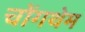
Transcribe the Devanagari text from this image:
चोंगथेम